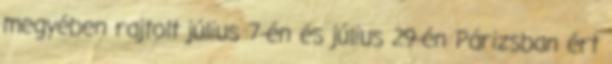
megyében rajtolt július 7-én és július 29-én Párizsban ért